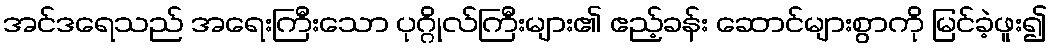
အင်ဒရေသည် အရေးကြီးသော ပုဂ္ဂိုလ်ကြီးများ၏ ဧည့်ခန်း ဆောင်များစွာကို မြင်ခဲ့ဖူး၍